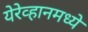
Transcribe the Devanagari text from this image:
येरेव्हानमध्ये